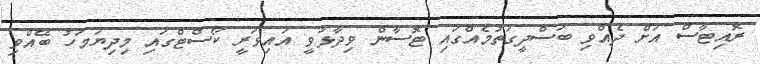
ރޮއިޓާސް އަށް ދެއްވި ބަސްދީގަތުމެއްގައި ޓޮސާން ވިދާޅުވީ އައިވަރީ ކޯސްޓްގައި މިދިޔަމަހު ބޭއްވި